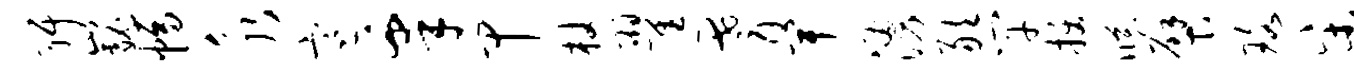
弭巍幅永寒皋甲杖翟耆卑涌敢竿拔臧檗珞宋